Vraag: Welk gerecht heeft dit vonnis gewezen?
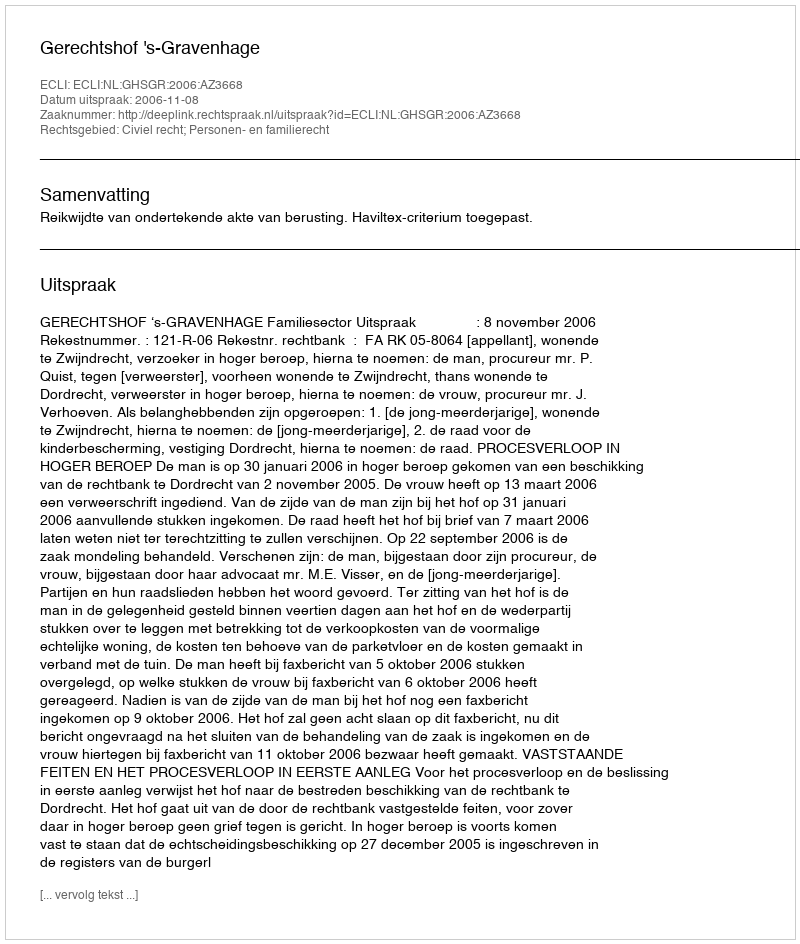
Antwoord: Gerechtshof 's-Gravenhage